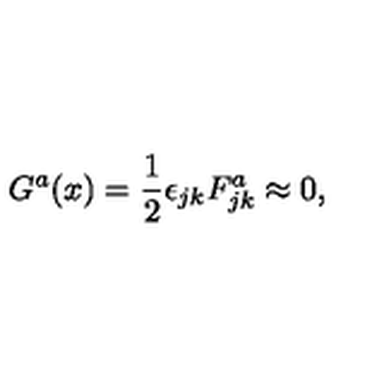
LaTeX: G ^ { a } ( x ) = \frac { 1 } { 2 } \epsilon _ { j k } F _ { j k } ^ { a } \approx 0 ,